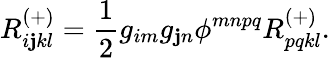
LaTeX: R_{i\mathbf{j}kl}^{(+)}=\frac{{1}}{{2}}g_{im}g_{\mathbf{j}n}\phi^{mnpq}R_{pqkl}^{(+)}.